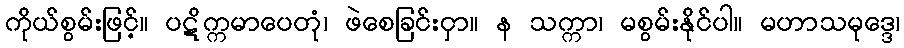
ကိုယ်စွမ်းဖြင့်။ ပဋိက္ကမာပေတုံ၊ ဖဲစေခြင်းငှာ။ န သက္ကာ၊ မစွမ်းနိုင်ပါ။ မဟာသမုဒ္ဒေ၊